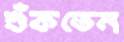
শুঁকতেন